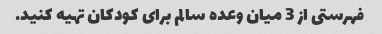
فهرستی از 3 میان وعده سالم برای کودکان تهیه کنید.